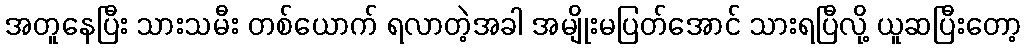
အတူနေပြီး သားသမီး တစ်ယောက် ရလာတဲ့အခါ အမျိုးမပြတ်အောင် သားရပြီလို့ ယူဆပြီးတော့